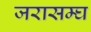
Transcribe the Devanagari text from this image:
जरासम्घ